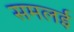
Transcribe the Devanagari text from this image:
समलई